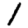
Digit: 1